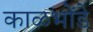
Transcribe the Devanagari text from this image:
काळभोंडे